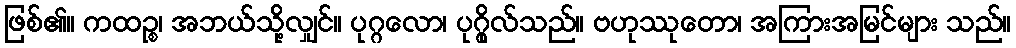
ဖြစ်၏။ ကထဉ္စ၊ အဘယ်သို့လျှင်။ ပုဂ္ဂလော၊ ပုဂ္ဂိုလ်သည်။ ဗဟုဿုတော၊ အကြားအမြင်များ သည်။